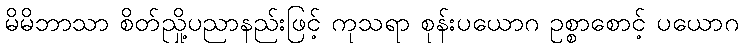
မိမိဘာသာ စိတ်ညှို့ပညာနည်းဖြင့် ကုသရာ စုန်းပယောဂ ဥစ္စာစောင့် ပယောဂ